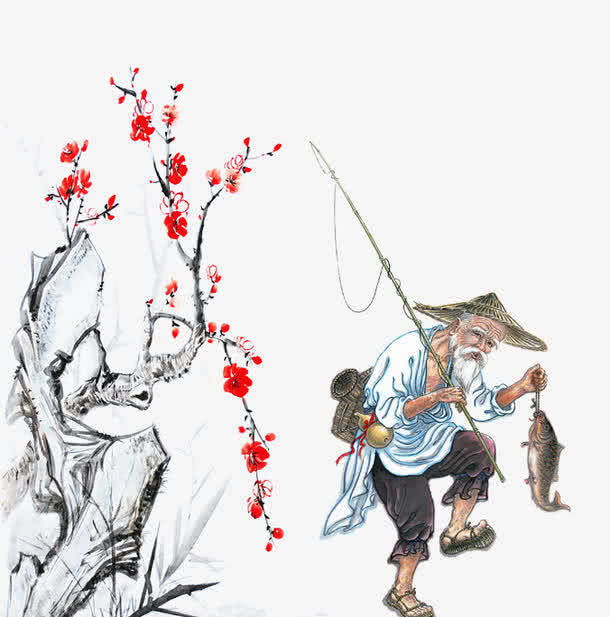
小男供饵妇搓丝，溢榼香醪倒接罹。